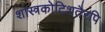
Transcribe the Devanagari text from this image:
शास्त्रकोटिशतैरपि